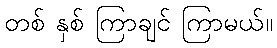
တစ် နှစ် ကြာချင် ကြာမယ်။